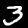
Digit: 3